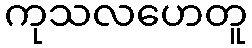
ကုသလဟေတူ